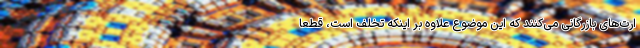
ارت‌های بازرگانی می‌کنند که این موضوع علاوه بر اینکه تخلف است، قطعا